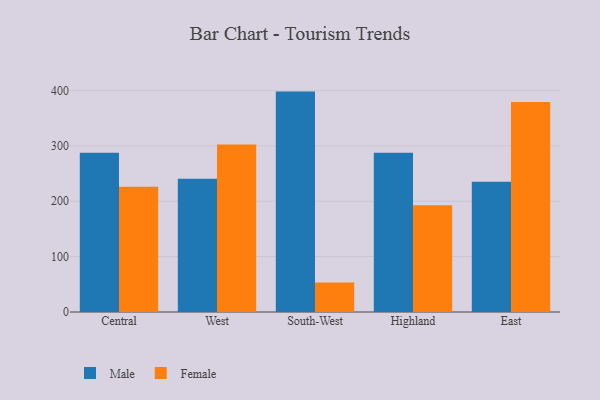
{"axis": {"x": "Region", "y": "Churn Rate (%)"}, "legend": ["Female", "Male"], "data": [{"x": "Central", "y": 287.4, "type": "Male"}, {"x": "Central", "y": 225.9, "type": "Female"}, {"x": "West", "y": 240.7, "type": "Male"}, {"x": "West", "y": 302.6, "type": "Female"}, {"x": "South-West", "y": 397.9, "type": "Male"}, {"x": "South-West", "y": 53.3, "type": "Female"}, {"x": "Highland", "y": 287.4, "type": "Male"}, {"x": "Highland", "y": 192.9, "type": "Female"}, {"x": "East", "y": 235.2, "type": "Male"}, {"x": "East", "y": 378.9, "type": "Female"}]}